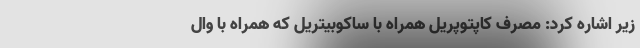
زیر اشاره کرد: مصرف کاپتوپریل همراه با ساکوبیتریل که همراه با وال